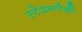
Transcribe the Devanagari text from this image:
स्टेशनपैकी